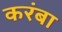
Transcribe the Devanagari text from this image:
करंबा